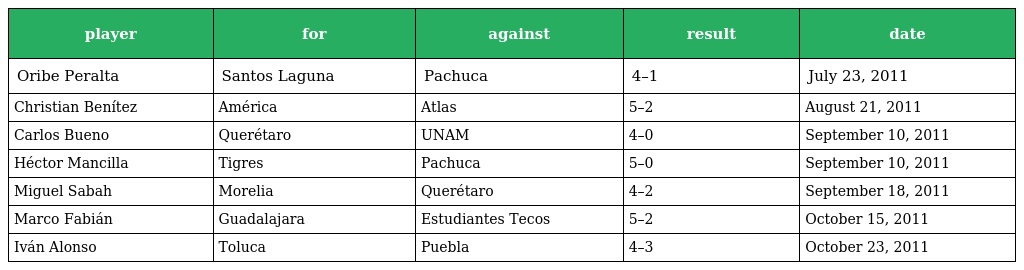
| player | for | against | result | date |
 | --- | --- | --- | --- | --- |
 | Oribe Peralta | Santos Laguna | Pachuca | 4–1 | July 23, 2011 |
 | Christian Benítez | América | Atlas | 5–2 | August 21, 2011 |
 | Carlos Bueno | Querétaro | UNAM | 4–0 | September 10, 2011 |
 | Héctor Mancilla | Tigres | Pachuca | 5–0 | September 10, 2011 |
 | Miguel Sabah | Morelia | Querétaro | 4–2 | September 18, 2011 |
 | Marco Fabián | Guadalajara | Estudiantes Tecos | 5–2 | October 15, 2011 |
 | Iván Alonso | Toluca | Puebla | 4–3 | October 23, 2011 |